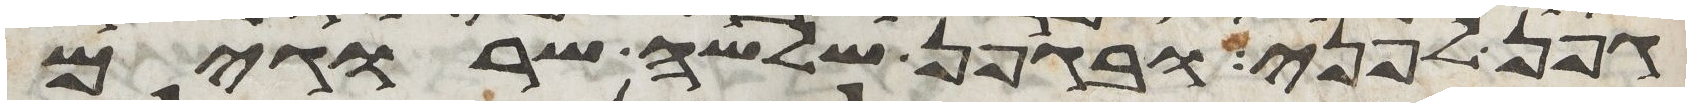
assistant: גפן לפני ובגפן שלשה שרוגים